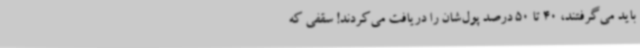
باید می‌گرفتند، 40 تا 50 درصد پول‌شان را دریافت می‌کردند! سقفی که